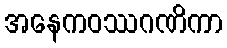
အနေကဝဿဂဏိကာ